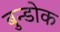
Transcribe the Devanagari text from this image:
बुन्डोक